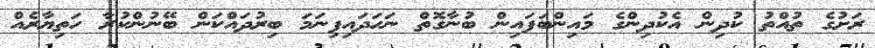
ރަށުގެ ތުއްތު ކުދިން އެކުދިންގެ މައިންބަފައިން ބުނާގޮތް ނަހަދައިފިނަމަ ބިރުދައްކަން ބޭނުންކުރާ ހަތިޔާރެއް